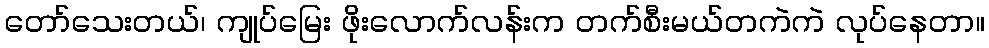
တော်သေးတယ်၊ ကျုပ်မြေး ဖိုးလောက်လန်းက တက်စီးမယ်တကဲကဲ လုပ်နေတာ။